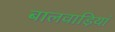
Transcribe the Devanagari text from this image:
बालवाड़ियां